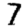
Digit: 7